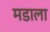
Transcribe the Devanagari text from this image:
मडाला